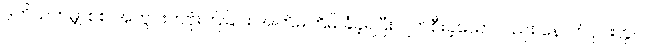
ဒုတိယကမ္ဘာစစ် အတွင်းကဗုံးကြဲခြင်း အကြိမ်ကြိမ် ခံခဲ့ရပြီး ပျက်စီးခဲ့သော်လည်း နောက်ပိုင်းတွင်